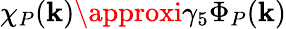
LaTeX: \chi_{P}(\mathbf{k})\approxi\gamma_{5}\Phi_{P}(\mathbf{k})